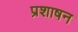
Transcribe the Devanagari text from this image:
प्रशाषन